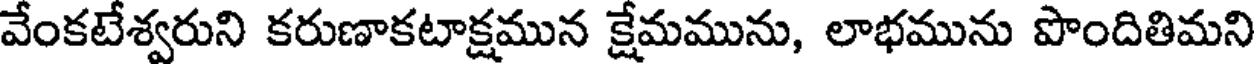
వేంకటేశ్వరుని కరుణాకటాక్షమున క్షేమమును, లాభమును పొందితిమని